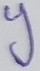
Text: y